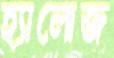
হ্যালোজ